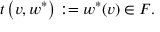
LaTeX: t \left( v , w ^ { * } \right) : = w ^ { * } ( v ) \in F .